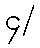
၄/